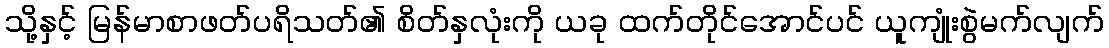
သို့နှင့် မြန်မာစာဖတ်ပရိသတ်၏ စိတ်နှလုံးကို ယခု ထက်တိုင်အောင်ပင် ယူကျုံးစွဲမက်လျက်